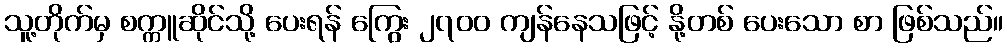
သူ့တိုက်မှ စက္ကူဆိုင်သို့ ပေးရန် ကြွေး ၂၇၀၀ ကျန်နေသဖြင့် နို့တစ် ပေးသော စာ ဖြစ်သည်။